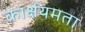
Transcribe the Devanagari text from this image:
कार्क्षयमता